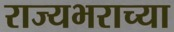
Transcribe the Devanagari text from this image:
राज्यभराच्या